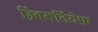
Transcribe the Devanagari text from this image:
ज़्बिगनियेफ़